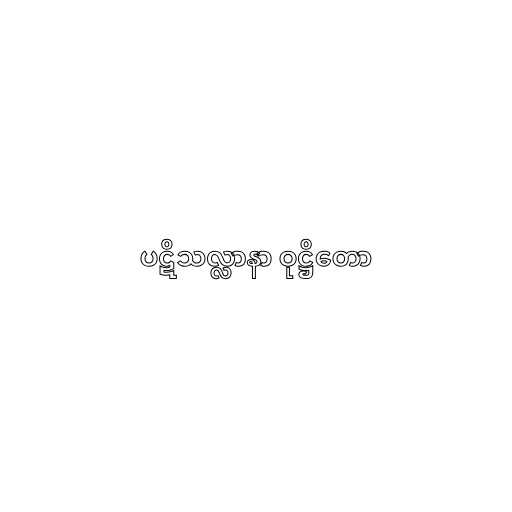
ပဋိသလ္လာနာ ဝုဋ္ဌိတော